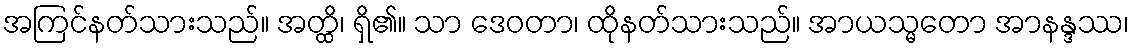
အကြင်နတ်သားသည်။ အတ္ထိ၊ ရှိ၏။ သာ ဒေဝတာ၊ ထိုနတ်သားသည်။ အာယသ္မတော အာနန္ဒဿ၊